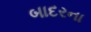
બાદરના